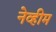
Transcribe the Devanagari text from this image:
नेव्हीम